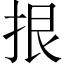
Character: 拫